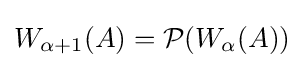
W_{\alpha +1}(A)={\mathcal {P}}(W_{\alpha }(A))